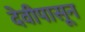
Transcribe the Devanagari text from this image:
देवीपासून